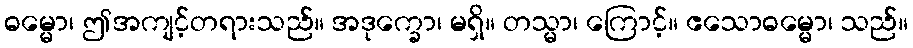
ဓမ္မော၊ ဤအကျင့်တရားသည်။ အဒုက္ခော၊ မရှိ။ တသ္မာ၊ ကြောင့်။ ဧသောဓမ္မော၊ သည်။